Vaccine operations Central Provinces & Berar 1922-1929 - 1922-1929
Year: 1922
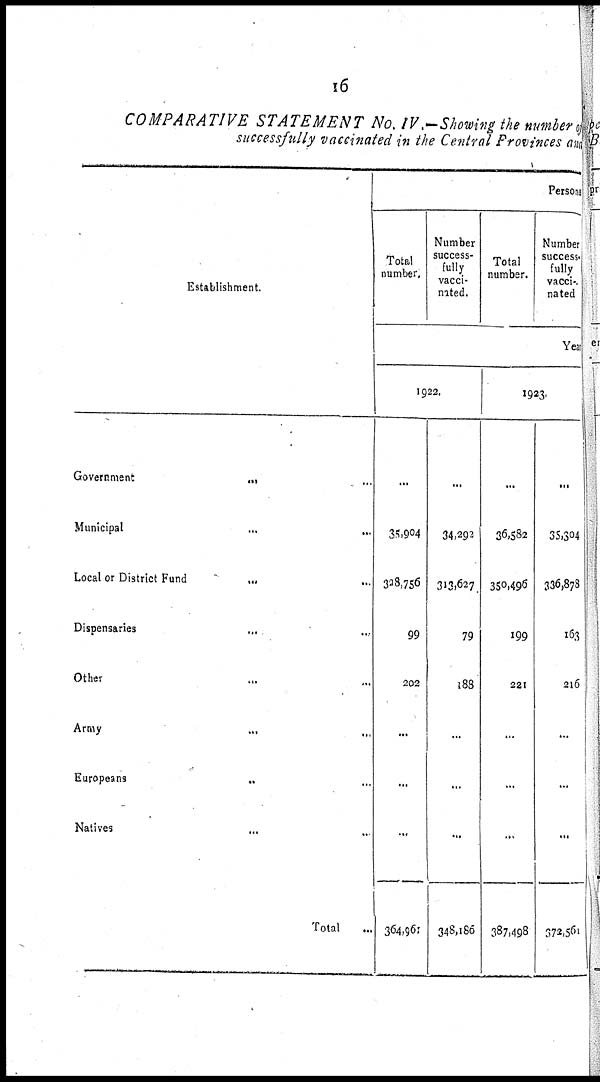
16
COMPARATIVE STATEMENT
No. IV.—Showing the number of
successfully vaccinated in the Central Provinces and
Establishment.
Government... ...
Municipal... ...
Local or District
Fund...
...
Dispensaries... ...
Other... ...
Army... ...
Europeans... ...
Natives... ...
Total...
Persons
Total
number.
Number
success-
fully
vacci-
nated.
Total
number.
Number
success-
fully
vacci-
nated
Year
1922.
...
35,904
328,756
99
202
...
...
...
364,961
...
34,292
313,627
79
188
...
...
...
348,186
1923.
...
36,582
350,496
199
221
...
...
...
387,498
...
35,304
336,878
163
216
...
...
...
372,561